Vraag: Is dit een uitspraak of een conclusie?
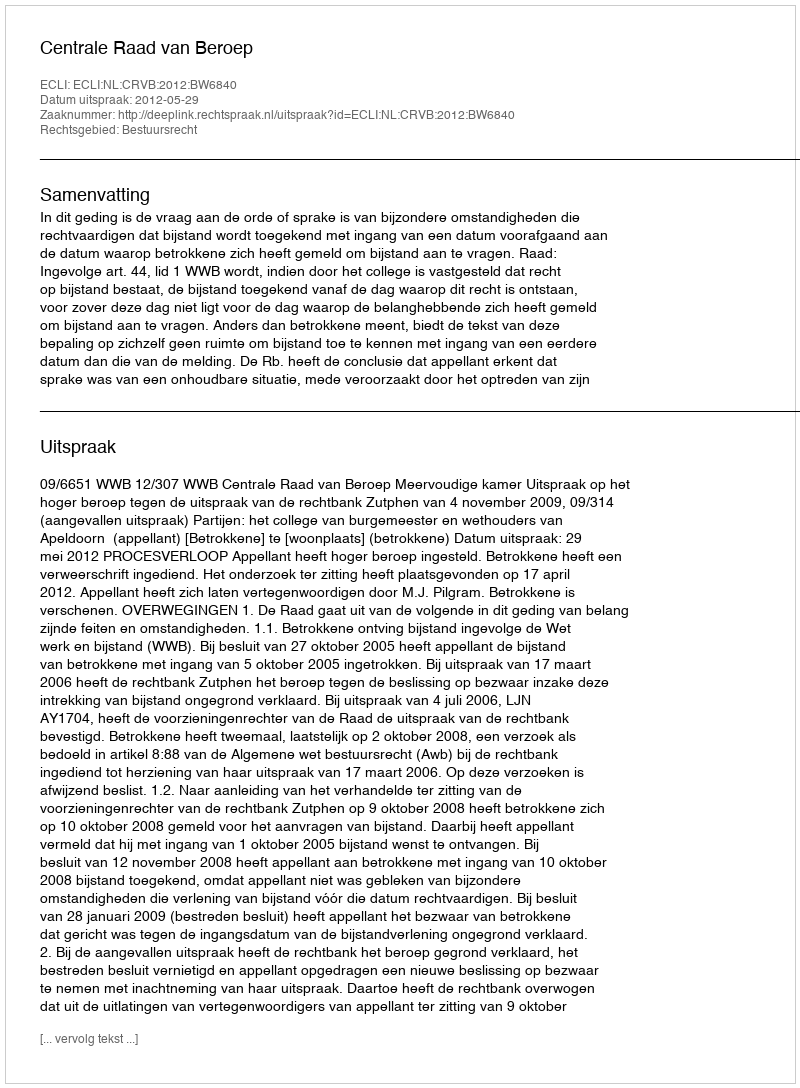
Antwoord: Uitspraak